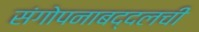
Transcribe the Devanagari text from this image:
संगोपनाबद्दलची